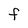
Character: F